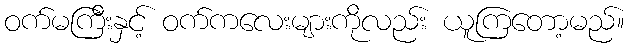
ဝက်မကြီးနှင့် ဝက်ကလေးများကိုလည်း ယူကြတော့မည်။